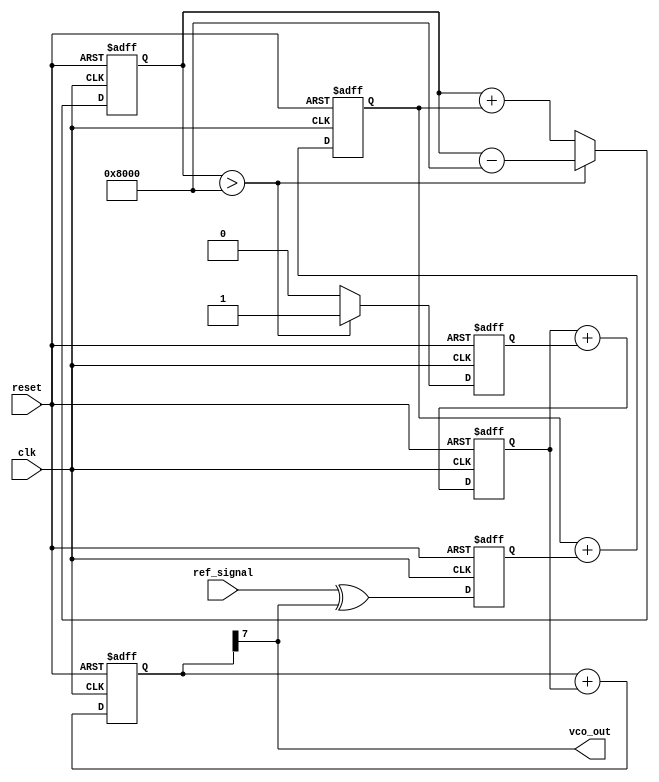
module sigma_delta_pll (
    input wire clk,             // System clock
    input wire reset,           // Asynchronous reset
    input wire ref_signal,      // Reference signal for phase detector
    output wire vco_out         // Output of the VCO
);

    // Phase Detector
    reg pd_out;                 // Output of Phase Detector

    always @(posedge clk or posedge reset) begin
        if (reset)
            pd_out <= 1'b0;     // Reset phase detector output
        else
            pd_out <= ref_signal ^ vco_out; // XOR phase comparison
    end

    // Loop Filter (simple first-order filter)
    reg [15:0] loop_filter_out; // Output of the loop filter

    always @(posedge clk or posedge reset) begin
        if (reset)
            loop_filter_out <= 16'b0;
        else
            loop_filter_out <= loop_filter_out + pd_out; // Integrate phase detector output
    end

    // Sigma-Delta Modulator
    reg [15:0] integrator;      // Integrator for sigma-delta modulator
    reg quantized_out;          // 1-bit quantizer output

    always @(posedge clk or posedge reset) begin
        if (reset) begin
            integrator <= 16'b0;
            quantized_out <= 1'b0;
        end else begin
            // Integrate the loop filter output
            integrator <= integrator + loop_filter_out;

            // 1-bit quantization (simple comparison)
            if (integrator > 16'h8000) begin
                quantized_out <= 1'b1;
                integrator <= integrator - 16'h8000; // Feedback mechanism
            end else begin
                quantized_out <= 1'b0;
            end
        end
    end

    // Voltage-Controlled Oscillator (VCO)
    reg [7:0] vco_freq;          // Frequency control for VCO

    always @(posedge clk or posedge reset) begin
        if (reset)
            vco_freq <= 8'b0;      // Reset VCO frequency
        else
            vco_freq <= vco_freq + quantized_out; // Adjust based on quantizer output
    end

    // VCO Output Generation
    reg [7:0] vco_counter;       // VCO counter for generating output

    always @(posedge clk or posedge reset) begin
        if (reset)
            vco_counter <= 8'b0;
        else
            vco_counter <= vco_counter + vco_freq; // Increment VCO counter by frequency
    end

    assign vco_out = vco_counter[7]; // Output for VCO (example: square wave)

endmodule